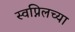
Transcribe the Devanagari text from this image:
स्वप्निलच्या